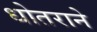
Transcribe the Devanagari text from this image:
धोतराने